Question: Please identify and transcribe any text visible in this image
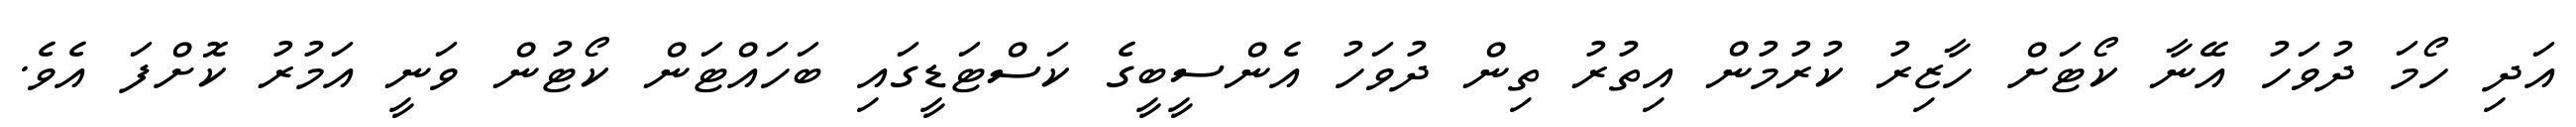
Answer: އަދި ހޯމަ ދުވަހު އޭނާ ކޯޓަށް ހާޒިރު ކުރުމުން އިތުރު ތިން ދުވަހު އެންސީބީގެ ކަސްޓަޑީގައި ބަހައްޓަން ކޯޓުން ވަނީ އަމުރު ކޮށްފަ އެވެ.